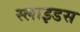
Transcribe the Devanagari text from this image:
स्‍लाइडस